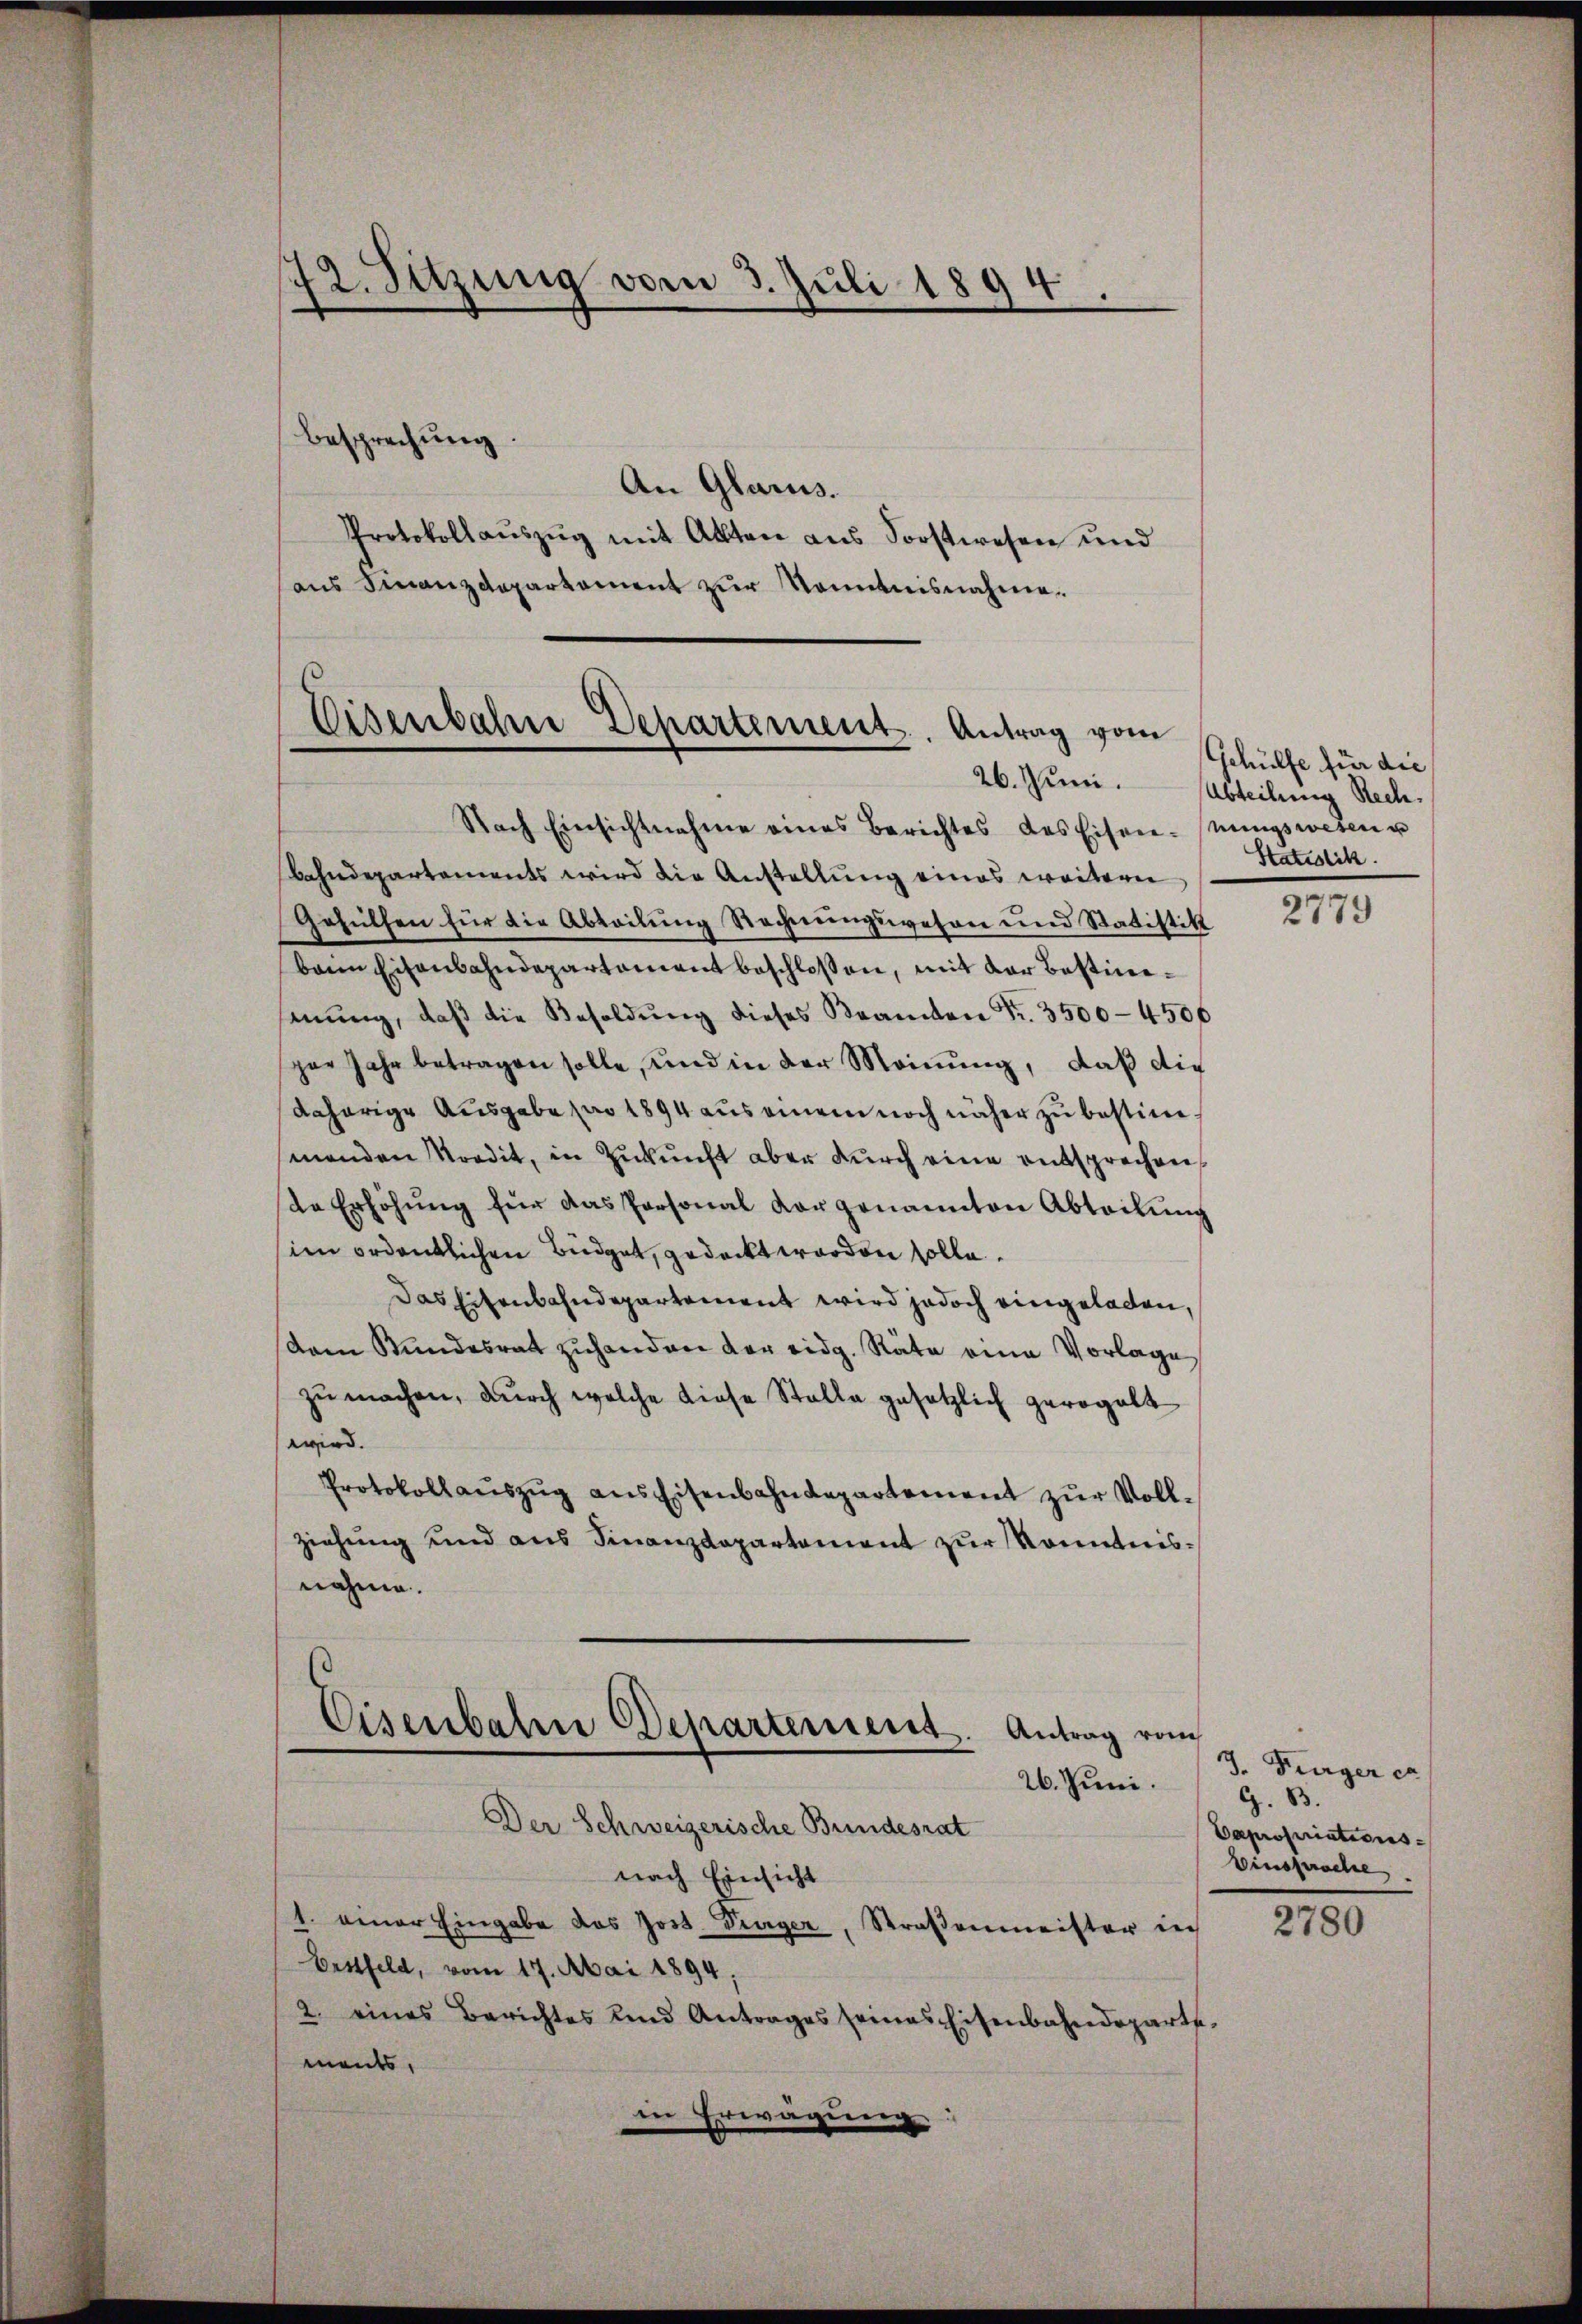
72. Sitzung vom 3. Juli 1894
.

besprechung.
An Glarus.
Protokollaŭszŭg mit Akten ans Forstwesen und
ans Finanzdepartement zŭr Kenntnisnahme.

Eisenbahne Departement. Antrag vom
26. Juni.

Nach Einsichtnahme eines Berichtes des Eisen-nŭngswesen u
Bahndepartements wird die Anstellung eines weitern
Gehülfen für die Abteilung Rechnungswesen und Statistik
bann Eisenbahndepartement beschloßen, mit der Bestimenŭng, daβ die Besoldŭng dieses Beamten Fr. 3500-4506
per Jahr betragen solle, und in der Meinung, daß die
daherige Ausgabe pro 1894 aus einem noch näher zu bestimmenden ordit, in Zukunft aber durch eine entsprechen
te Erhöhŭng für das Personal vorgenannten Abteilung
im ordentlichen Büdget, gedeckt worden solle.
Das Eisenbahndepartement wird jedoch eingeladen,
dem Bundesrat zŭhanden der eidg. Räte eine Vorlage
zu machen, durch welche diese Stelle gesetzlich gerogalt
wird.
Protokollauszug aus Eisenbahndepartement zur Vollziehung und aus Finanzdepartement zur Kenntnisnahme.
Eisenbahne Departement.
Antrag vom
26. Juni.
Der Schweizerische Bundesrat
nach Einsicht
1. einer Eingabe das Jost. Träger, Straßenmeister in
Erstfeld, vom 17. Mai 1894;
2. eines Berichtes und Antrages seines Eisenbahndeparte
ments,
in Erwägung

Gehülfe für die
Abteilung Rech
Statistik.

2779

J. Furger ex
G. B.
Capropriations¬
Einsprache.

2780